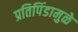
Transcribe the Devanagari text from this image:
प्रतिपिंडामुळे